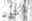
أكون